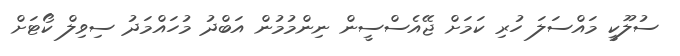
ސުލޫކީ މައްސަލަ ހުރި ކަމަށް ޖޭއެސްސީން ނިންމުމުން އަބްދު މުހައްމަދު ސިވިލް ކޯޓަށް